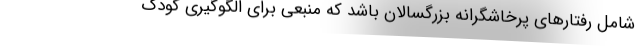
شامل رفتارهای پرخاشگرانه بزرگسالان باشد که منبعی برای الگوگیری کودک